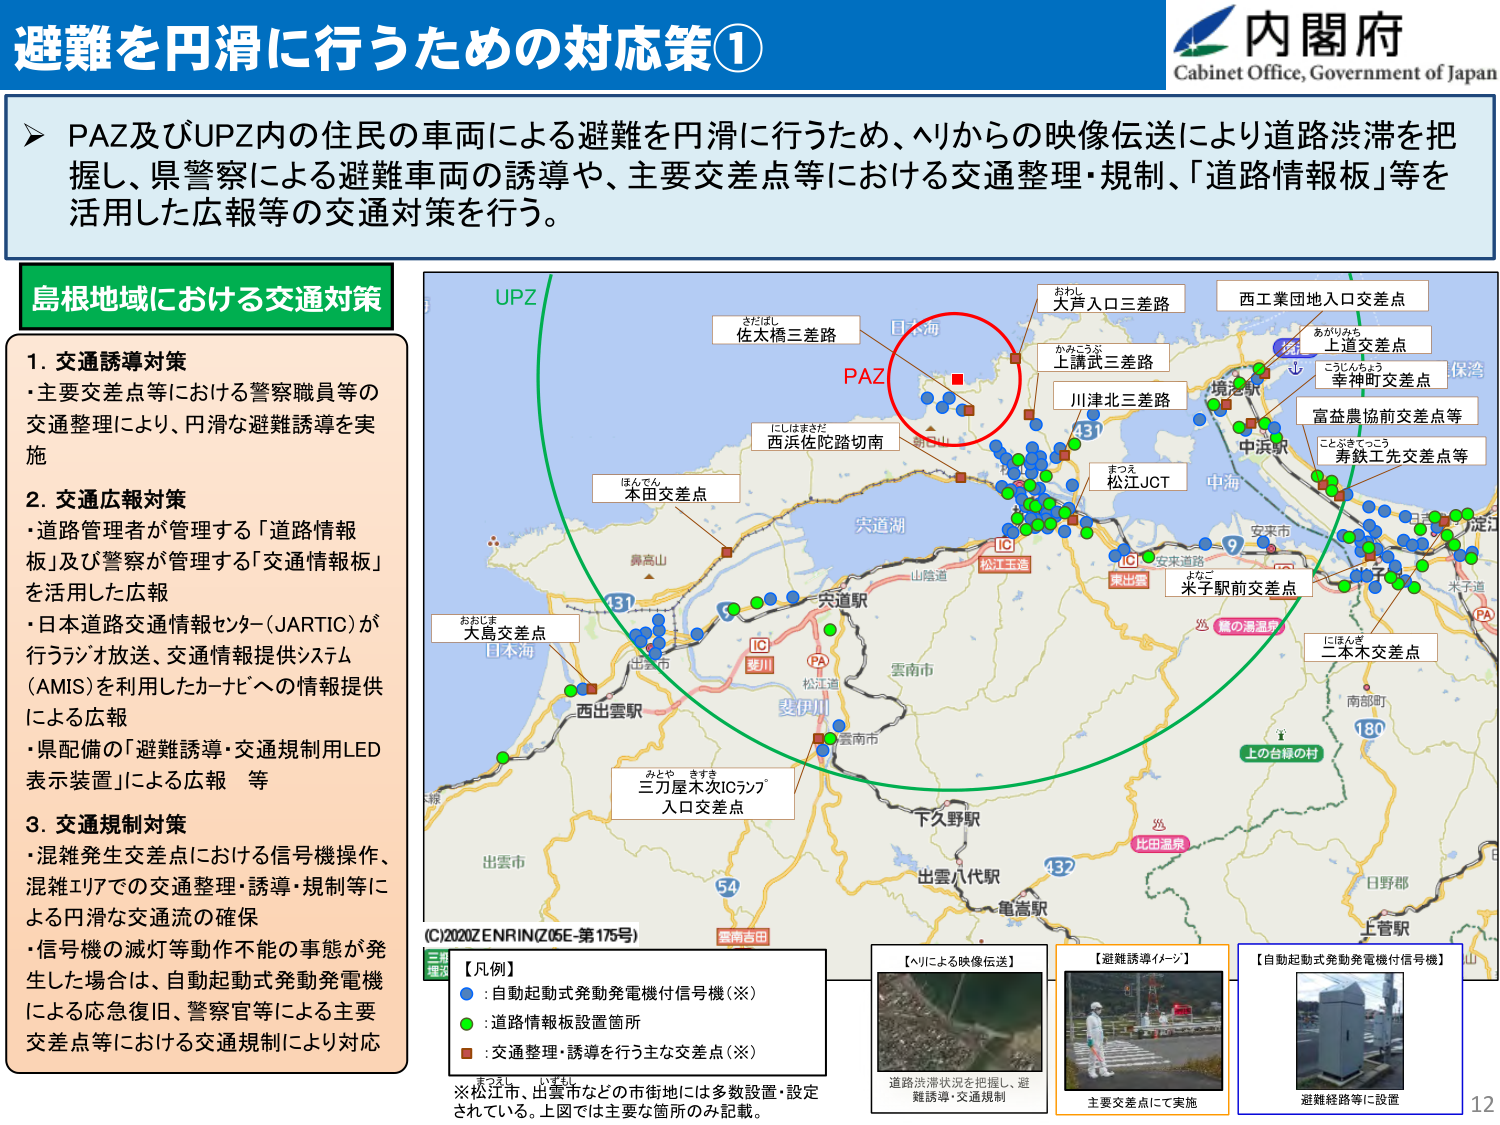
避難を円滑に行うための対応策①

内閣府
Cabinet Office, Government of Japan

➤ PAZ及びUPZ内の住民の車両による避難を円滑に行うため、ヘリからの映像伝送により道路渋滞を把握し、県警察による避難車両の誘導や、主要交差点等における交通整理・規制、「道路情報板」等を活用した広報等の交通対策を行う。

島根地域における交通対策

1. 交通誘導対策
・主要交差点等における警察職員等の交通整理により、円滑な避難誘導を実施

2. 交通広報対策
・道路管理者が管理する「道路情報板」及び警察が管理する「交通情報板」を活用した広報
・日本道路交通情報センター（JARTIC）が行うラジオ放送、交通情報提供システム（AMIS）を利用したカーナビへの情報提供による広報
・県配備の「避難誘導・交通規制用LED表示装置」による広報 等

3. 交通規制対策
・混雑発生交差点における信号機操作、混雑エリアでの交通整理・誘導・規制等による円滑な交通流の確保
・信号機の滅灯等動作不能の事態が発生した場合は、自動起動式発動発電機による応急復旧、警察官等による主要交差点等における交通規制により対応

UPZ
PAZ
佐太橋三差路
さたばし
西浜佐陀踏切南
にしはまさだ
本田交差点
ほんでん
大島交差点
おおじま
目本海
三刀屋木次ICランプ
入口交差点
みとや きすき
大戸入口三差路
おおと
上講武三差路
かみこうぶ
川津北三差路
松江JCT
まつえ
安来道路
よなご
米子駅前交差点
境港駅
西工業団地入口交差点
上道交差点
あがりみち
幸神町交差点
さくじんちょう
富益農協前交差点等
中浜駅
寿鉄工先交差点等
ことぶきてっこう
二本木交差点
にほんぎ
上の台縁の村
比田温泉
日野部
上菅駅
雲南市
出雲八代駅
電脳駅
下久野駅
斐伊川
松江道
雲南市
出雲市
西出雲駅
出雲市
宍道湖
宍道駅
山陰道
宍道湖
宍道駅
IC
松江玉造
IC
東出雲
IC
斐伊川
PA
54
137
180
米子道
PA
保湾
淀江
南部町
日野部
上菅駅
(C)2020ZENRIN(Z05E-第175号)

【凡例】
● : 自動起動式発動発電機付信号機（※）
● : 道路情報板設置箇所
● : 交通整理・誘導を行う主な交差点（※）

※松江市、出雲市などの市街地には多数設置・設定されている。上図では主要な箇所のみ記載。

【ヘリによる映像伝送】
道路渋滞状況を把握し、避難誘導・交通規制

【避難誘導イメージ】
主要交差点にて実施

【自動起動式発動発電機付信号機】
避難経路等に設置

12